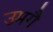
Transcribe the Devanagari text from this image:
उमगै